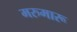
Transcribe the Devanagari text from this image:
मरुमारू